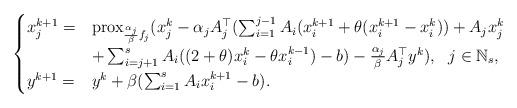
LaTeX: \begin{align*} \begin{cases} x_j^{k+1} = &\mathrm{prox}_{\frac{\alpha_j}{\beta}f_j}(x_j^k-\alpha_j A_j^\top(\sum_{i=1}^{j-1}A_i(x_i^{k+1}+\theta(x_i^{k+1}-x_i^k))+A_jx_j^k \\ & +\sum_{i=j+1}^s A_i((2+\theta)x_i^k-\theta x_i^{k-1})-b)-\frac{\alpha_j}{\beta}A_j^\top y^k), ~~ j\in\mathbb{N}_s,\\ y^{k+1} =& y^k+\beta(\sum_{i=1}^s A_ix_i^{k+1}-b). \end{cases} \end{align*}